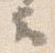
云